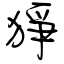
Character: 猙